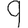
Digit: 9